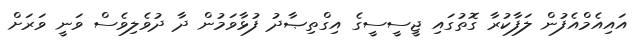
އައިއެމްއެފުން ލަފާކުރާ ގޮތުގައި ޖީސީސީގެ އިގްތިޞާދު ފުޅާވަމުން ދާ ދުވެލިވެސް ވަނީ ވަރަށް